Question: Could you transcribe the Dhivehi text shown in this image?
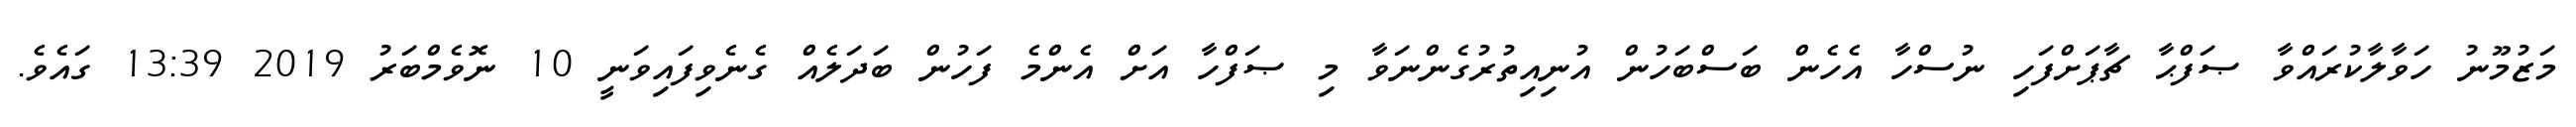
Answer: މަޒުމޫނު ހަވާލާކުރައްވާ ޞަފްޙާ ޗާޕަށްފަހި ނުސްހާ އެހެން ބަސްބަހުން އުނިއިތުރުގެންނަވާ މި ޞަފްހާ އަށް އެންމެ ފަހުން ބަދަލެއް ގެނެވިފައިވަނީ 10 ނޮވެމްބަރު 2019 13:39 ގައެވެ.